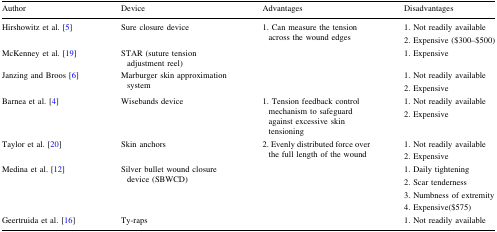
| Author | Device | Advantages | Disadvantages |
 | --- | --- | --- | --- |
 | <ROWSPAN=2> Hirshowitz et al. [5] | <ROWSPAN=2> Sure closure device | <ROWSPAN=2> 1. Can measure the tension across the wound edges | 1. Not readily available |
 | 2. Expensive ($300–$500) |
 | McKenney et al. [19] | STAR (suture tension adjustment reel) |  | 1. Expensive |
 | <ROWSPAN=2> Janzing and Broos [6] | <ROWSPAN=2> Marburger skin approximation system | <ROWSPAN=2>  | 1. Not readily available |
 | 2. Expensive |
 | <ROWSPAN=2> Barnea et al. [4] | <ROWSPAN=2> Wisebands device | <ROWSPAN=2> 1. Tension feedback control mechanism to safeguard against excessive skin tensioning | 1. Not readily available |
 | 2. Expensive |
 | <ROWSPAN=2> Taylor et al. [20] | <ROWSPAN=2> Skin anchors | <ROWSPAN=2> 2. Evenly distributed force over the full length of the wound | 1. Not readily available |
 | 2. Expensive |
 | <ROWSPAN=4> Medina et al. [12] | <ROWSPAN=4> Silver bullet wound closure device (SBWCD) | <ROWSPAN=4>  | 1. Daily tightening |
 | 2. Scar tenderness |
 | 3. Numbness of extremity |
 | 4. Expensive($575) |
 | Geertruida et al. [16] | Ty-raps |  | 1. Not readily available |